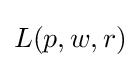
L(p,w,r)